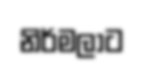
නිර්මලාට